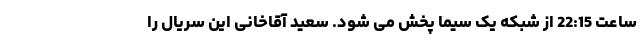
ساعت 22:15 از شبکه یک سیما پخش می شود. سعید آقاخانی این سریال را